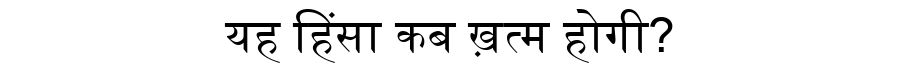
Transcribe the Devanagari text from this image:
यह हिंसा कब ख़त्म होगी?